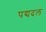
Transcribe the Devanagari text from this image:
पद्यदल